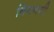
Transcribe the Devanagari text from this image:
बिगनमी